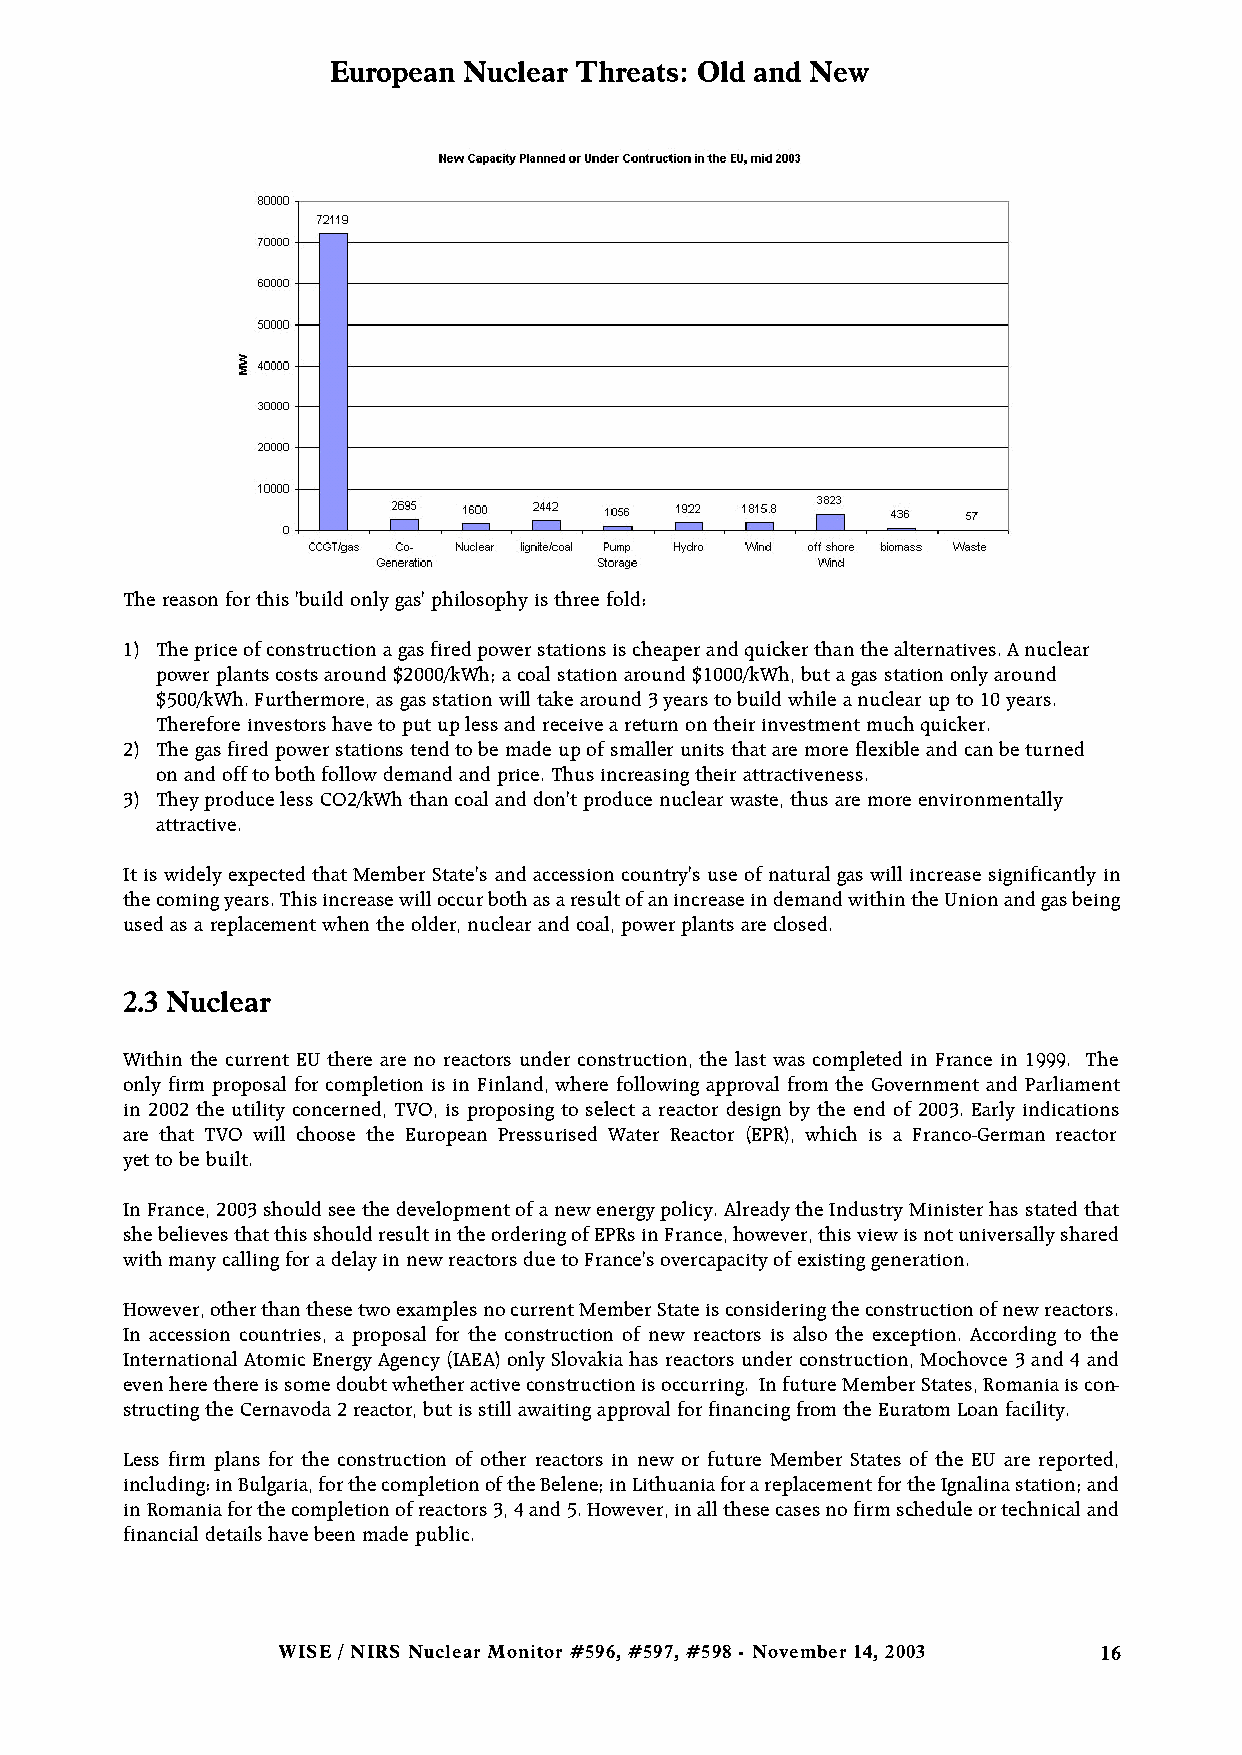
European Nuclear Threats: Old and New
 The reason for this 'build only gas' philosophy is three fold:
 1) The price of construction a gas fired power stations is cheaper and quicker than the alternatives. A nuclear
 power plants costs around $2000/kWh; a coal station around $1000/kWh, but a gas station only around
 $500/kWh. Furthermore, as gas station will take around 3 years to build while a nuclear up to 10 years.
 Therefore investors have to put up less and receive a return on their investment much quicker.
 2) The gas fired power stations tend to be made up of smaller units that are more flexible and can be turned
 on and off to both follow demand and price. Thus increasing their attractiveness.
 3) They produce less CO2/kWh than coal and don't produce nuclear waste, thus are more environmentally
 attractive.
 It is widely expected that Member State's and accession country's use of natural gas will increase significantly in
 the coming years. This increase will occur both as a result of an increase in demand within the Union and gas being
 used as a replacement when the older, nuclear and coal, power plants are closed.
 2.3 Nuclear
 Within the current EU there are no reactors under construction, the last was completed in France in 1999. The
 only firm proposal for completion is in Finland, where following approval from the Government and Parliament
 in 2002 the utility concerned, TVO, is proposing to select a reactor design by the end of 2003. Early indications
 are that TVO will choose the European Pressurised Water Reactor (EPR), which is a Franco-German reactor
 yet to be built.
 In France, 2003 should see the development of a new energy policy. Already the Industry Minister has stated that
 she believes that this should result in the ordering of EPRs in France, however, this view is not universally shared
 with many calling for a delay in new reactors due to France's overcapacity of existing generation.
 However, other than these two examples no current Member State is considering the construction of new reactors.
 In accession countries, a proposal for the construction of new reactors is also the exception. According to the
 International Atomic Energy Agency (IAEA) only Slovakia has reactors under construction, Mochovce 3 and 4 and
 even here there is some doubt whether active construction is occurring. In future Member States, Romania is con-
 structing the Cernavoda 2 reactor, but is still awaiting approval for financing from the Euratom Loan facility.
 Less firm plans for the construction of other reactors in new or future Member States of the EU are reported,
 including: in Bulgaria, for the completion of the Belene; in Lithuania for a replacement for the Ignalina station; and
 in Romania for the completion of reactors 3, 4 and 5. However, in all these cases no firm schedule or technical and
 financial details have been made public.
 WISE / NIRS Nuclear Monitor #596, #597, #598 - November 14, 2003 16